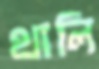
থালি